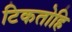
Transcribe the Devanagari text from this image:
टिकतोहि